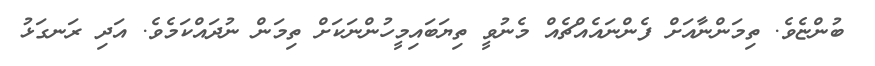
ބުންޏެވެ. ތިމަންނާއަށް ފެންނައެއްޗެއް މެނުވީ ތިޔަބައިމީހުންނަކަށް ތިމަން ނުދައްކަމެވެ. އަދި ރަނގަޅު